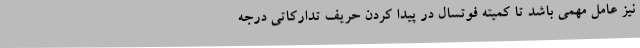
نیز عامل مهمی باشد تا کمیته فوتسال در پیدا کردن حریف تدارکاتی درجه